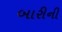
બારીની